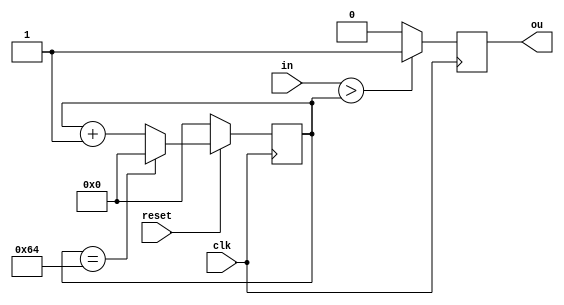
module PWM (
    output reg ou,
    input clk, reset, 
    input [6:0] in
);

  reg [6:0] count; 

always@(posedge clk) 
  begin
      if (in > count)
      ou <= 1;
    else
      ou <= 0;
  end
  
  always@(posedge clk) begin
    if(!reset) count=0;
    else begin
      if(count==7'd100) count=0;
      else count= count + 1'b1;
    end
  end
  
endmodule